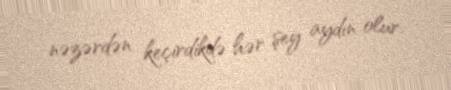
nəzərdən keçirdikdə hər şey aydın olur.